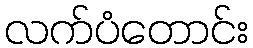
လက်ပံတောင်း